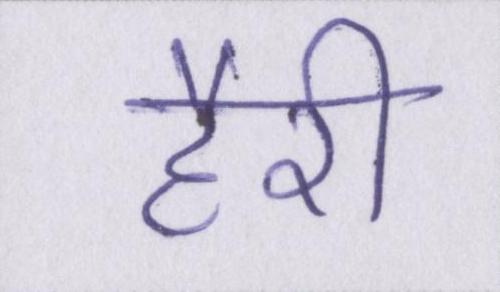
हैरी